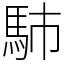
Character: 馷